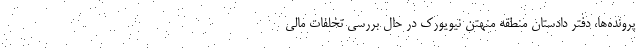
پرونده‌ها، دفتر دادستان منطقه منهتن نیویورک در حال بررسی تخلفات مالی